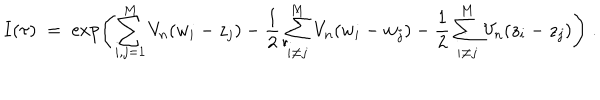
I ( \tau ) \; = \; \exp \left( \sum _ { i , j = 1 } ^ { M } V _ { n } ( w _ { i } - z _ { j } ) - \frac { 1 } { 2 } \sum _ { i \neq j } ^ { M } V _ { n } ( w _ { i } - w _ { j } ) - \frac { 1 } { 2 } \sum _ { i \neq j } ^ { M } V _ { n } ( z _ { i } - z _ { j } ) \right) \; .